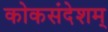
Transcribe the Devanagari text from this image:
कोकसंदेशम्